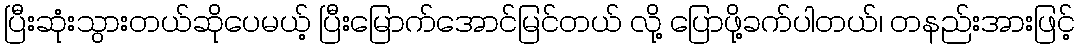
ပြီးဆုံးသွားတယ်ဆိုပေမယ့် ပြီးမြောက်အောင်မြင်တယ် လို့ ပြောဖို့ခက်ပါတယ်၊ တနည်းအားဖြင့်